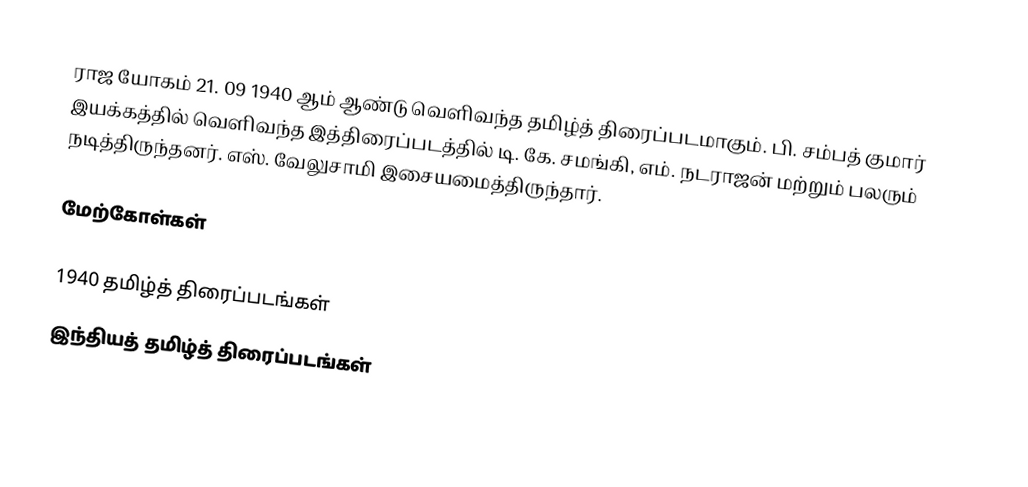
ராஜ யோகம் 21. 09 1940 ஆம் ஆண்டு வெளிவந்த தமிழ்த் திரைப்படமாகும். பி. சம்பத் குமார் இயக்கத்தில் வெளிவந்த இத்திரைப்படத்தில் டி. கே. சமங்கி, எம். நடராஜன் மற்றும் பலரும் நடித்திருந்தனர். எஸ். வேலுசாமி இசையமைத்திருந்தார்.

மேற்கோள்கள்

1940 தமிழ்த் திரைப்படங்கள்
இந்தியத் தமிழ்த் திரைப்படங்கள்